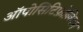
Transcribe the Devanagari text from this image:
ऑपोसिटिफ़ोलियम